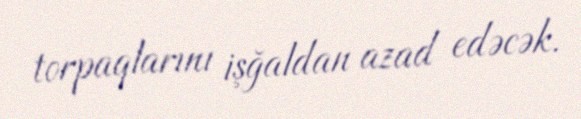
torpaqlarını işğaldan azad edəcək.